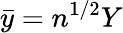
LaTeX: \bar{y}=n^{1/2}Y